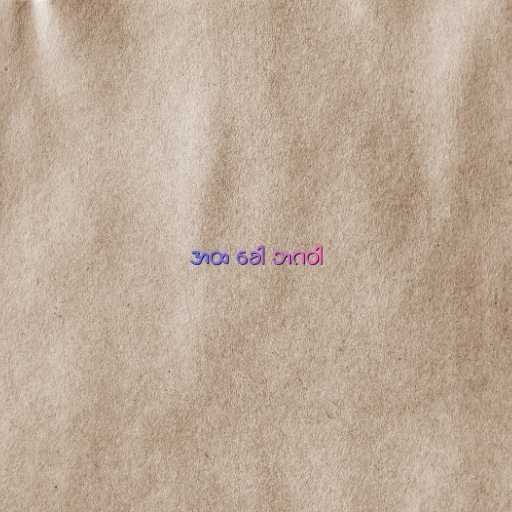
အထ ခေါ ဘဂဝါ